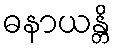
ဓနာယန္တိ